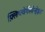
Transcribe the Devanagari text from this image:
फ़्लिच्त्वेर्गेस्सेन्हेइत